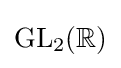
\operatorname {GL} _{2}(\mathbb {R} )